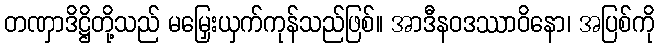
တဏှာဒိဋ္ဌိတို့သည် မမြှေးယှက်ကုန်သည်ဖြစ်။ အာဒီနဝဒဿာဝိနော၊ အပြစ်ကို